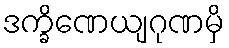
ဒက္ခိဏေယျဂုဏမှိ